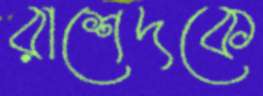
রাশেদকে